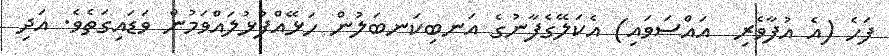
ފަހެ (އެ އުފާވެރި  އައްސަވައި) އެކަލޭގެފާނުގެ އަނބިކަނބަލުން ހަޅޭއްފުޅުލައްވަމުން ވަޑައިގަތެވެ. އަދި